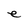
Character: e